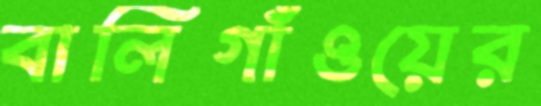
বালিগাঁওয়ের